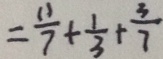
= \frac { 1 1 } { 7 } + \frac { 1 } { 3 } + \frac { 3 } { 7 }